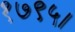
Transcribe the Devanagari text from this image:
१७९५।